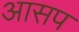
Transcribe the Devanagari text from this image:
आसप